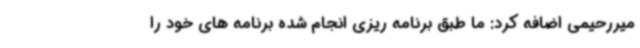
میررحیمی اضافه کرد: ما طبق برنامه ریزی انجام شده برنامه های خود را